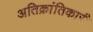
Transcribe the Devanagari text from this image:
अतिक्रांतिकारी